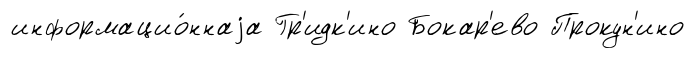
информацио́ннаjа Гр'идк'ино Бокар'ево Прокун'ино